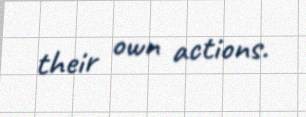
their own actions.